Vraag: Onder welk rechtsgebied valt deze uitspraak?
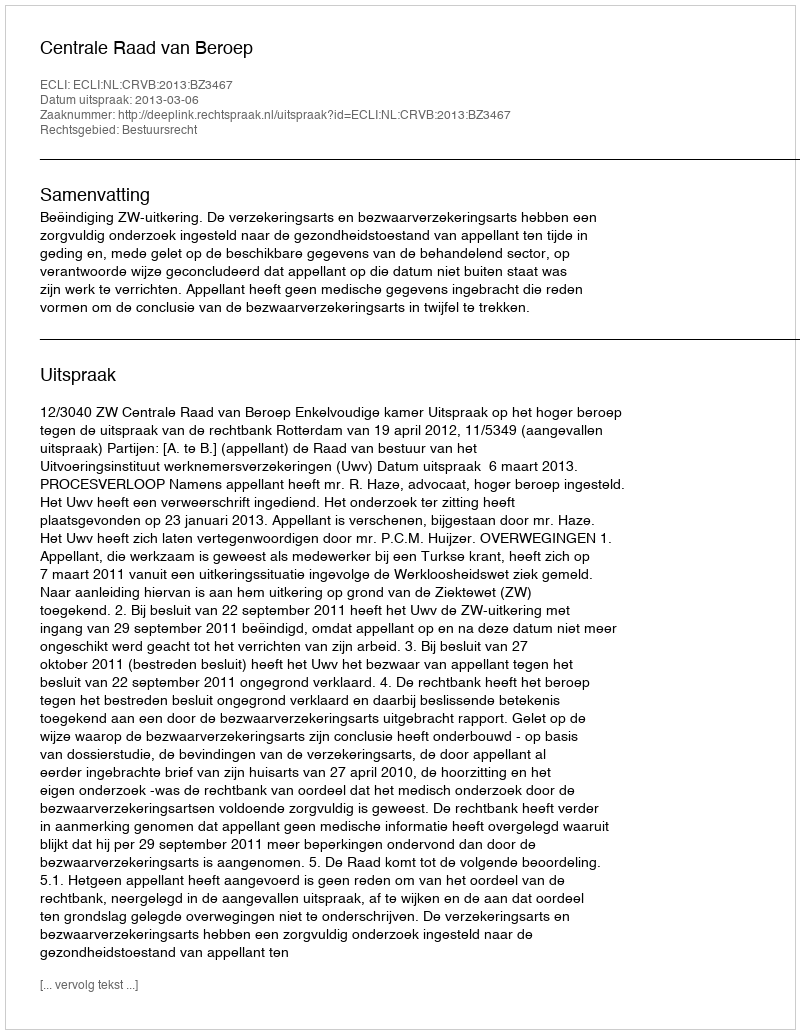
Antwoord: Bestuursrecht